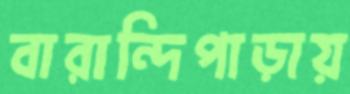
বারান্দিপাড়ায়